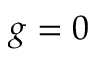
g = 0